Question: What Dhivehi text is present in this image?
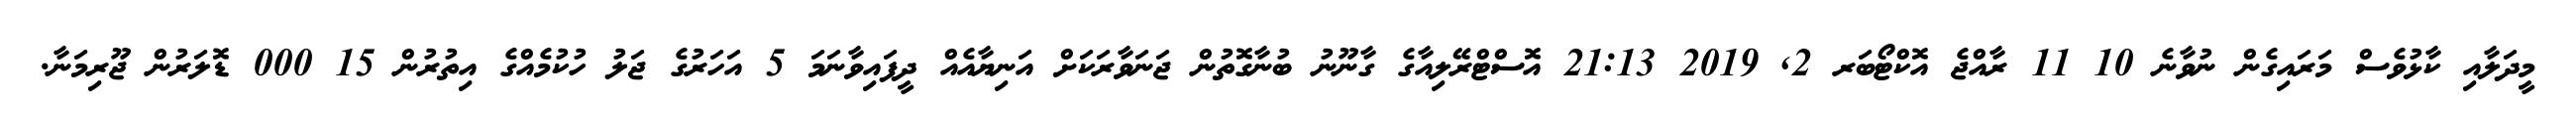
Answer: މީދަލާއި ކާޅުވެސް މަރައިގެން ނުވާނެ 10 11 ރާއްޖެ އޮކްޓޯބަރ 2, 2019 21:13 އޮސްޓްރޭލިއާގެ ގާނޫނު ބުނާގޮތުން ޖަނަވާރަކަށް އަނިޔާއެއް ދީފައިވާނަމަ 5 އަހަރުގެ ޖަލު ހުކުމެއްގެ އިތުރުން 15 000 ޑޮލަރުން ޖޫރިމަނާ.